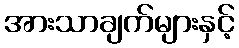
အားသာချက်များနှင့်